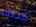
كذلك